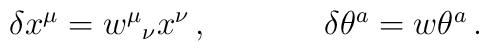
\begin{array}{cc}\delta x^{\mu}=w^{\mu}{}_{\nu}x^{\nu}\,,~~~~&~~~~ \delta\theta^{a}=w\theta^{a}\,.\end{array}